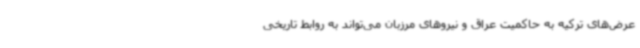
عرض‌های ترکیه به حاکمیت عراق و نیروهای مرزبان می‌تواند به روابط تاریخی